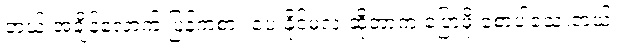
ဘယ် အချိန်လောက် ပြန်ကစား ပေးနိုင်မလဲ ဆိုတာက ပြောဖို့ စောပါသေးတယ်။